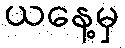
ယနေ့မှ